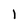
Character: 1